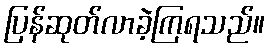
ပြန်ဆုတ်လာခဲ့ကြရသည်။